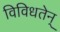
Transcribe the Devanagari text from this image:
विविधतेन्